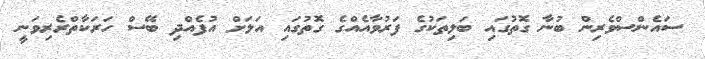
ސައެންސްވެރިން ބުނާ ގޮތުގައި ބަލިތަކުގެ ފަރުވާއެއްގެ ގޮތުގައި އަލަށް އުފެއްދި ބޭސް ހަރަކާތްރެރިވަނީ